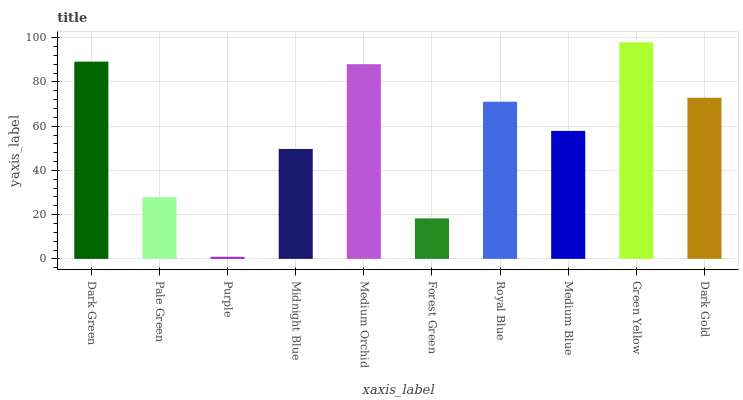
| xaxis_label | bars |
 | --- | --- |
 | Dark Green | 89.2 |
 | Pale Green | 27.9 |
 | Purple | 0.942 |
 | Midnight Blue | 49.7 |
 | Medium Orchid | 88.1 |
 | Forest Green | 18.3 |
 | Royal Blue | 71.1 |
 | Medium Blue | 57.9 |
 | Green Yellow | 97.9 |
 | Dark Gold | 72.9 |